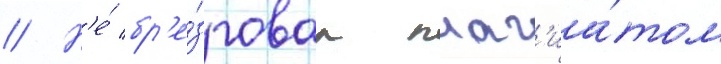
// Н'е́ бр'е́зговал плаг'иа́том